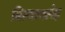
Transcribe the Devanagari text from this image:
बिल्वावलेह